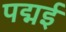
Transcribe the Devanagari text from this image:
पद्मई